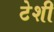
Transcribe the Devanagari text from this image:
टेशी